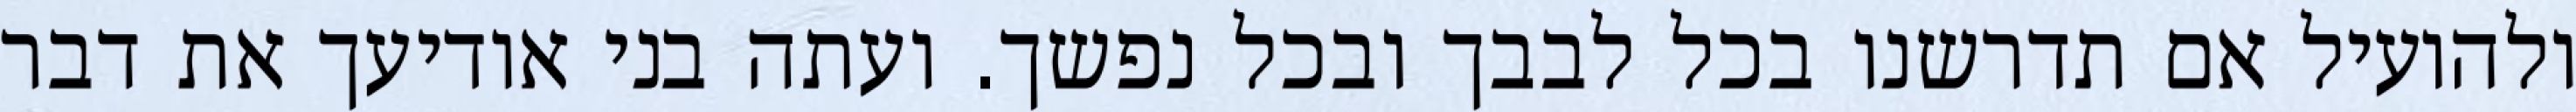
ולהועיל אם תדרשנו בכל לבבך ובכל נפשך. ועתה בני אודיעך את דבר